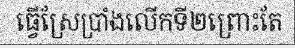
ធ្វើស្រែប្រាំងលើកទី២ព្រោះតែ